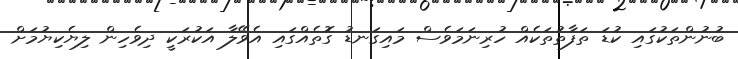
ބުނުންތަކުގައި ކުޑަ ތަފާތުތަކެއް ހުރިނަމަވެސް މައިގަނޑު ގޮތެއްގައި އެވޭލާ އަކުރަކީ ދިވެހިން ލިޔެކިޔުމަށް